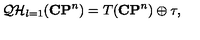
{ \cal Q H } _ { l = 1 } ( { \bf C P } ^ { n } ) = T ( { \bf C P } ^ { n } ) \oplus \tau ,